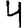
Digit: 4